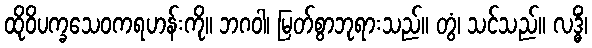
ထိုဝိပက္ခသေဝကရဟန်းကို။ ဘဂဝါ၊ မြတ်စွာဘုရားသည်။ တွံ၊ သင်သည်။ လဒ္ဓိံ၊